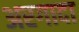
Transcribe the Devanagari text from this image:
अरगादा